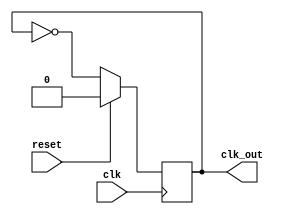
module clk_div2 (clk, reset, clk_out);
	output reg clk_out;
	input clk ;
	input reset;

	always @(posedge clk)
	begin
	if (reset)
		clk_out <= 1'b0;
	else
		clk_out <= ~clk_out;	
	end
endmodule